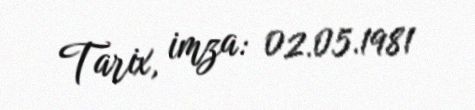
Tarix, imza: 02.05.1981